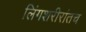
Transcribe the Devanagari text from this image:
लिंगशरीरांतच